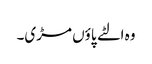
وہ الٹے پاؤں مڑی۔